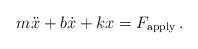
LaTeX: \begin{align*}m \ddot{x} + b \dot{x} + k x = F_{\rm apply} \,.\end{align*}